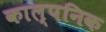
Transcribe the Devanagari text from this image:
काल्‍पनिक